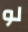
لو